Civil Veterinary Department Bihar reports 1936-40 - 1936-1940
Year: 1936
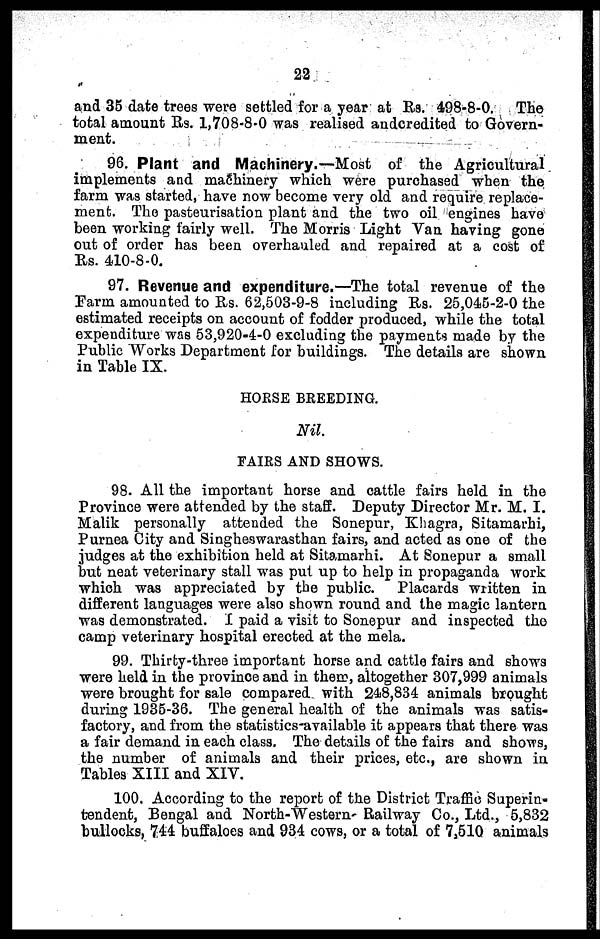
22
and 35 date trees were settled for a year at Rs. 498-8-0. The
total amount Rs. 1,708-8-0 was realised anderedited to Govern-
ment.
96. Plant and Machinery.—Most of the Agricultural
implements and machinery which were purchased when the
farm was started, have now become very old and require replace-
ment. The pasteurisation plant and the two oil engines have
been working fairly well. The Morris Light Van having gone
out of order has been overhauled and repaired at a cost of
Rs. 410-8-0.
97. Revenue and expenditure.—The total revenue of the
Farm amounted to Rs. 62,503-9-8 including Rs. 25,045-2-0 the
estimated receipts on account of fodder produced, while the total
expenditure was 53,920-4-0 excluding the payments made by the
Public Works Department for buildings. The details are shown
in Table IX.
HORSE BREEDING.
Nil.
FAIRS AND SHOWS.
98. All the important horse and cattle fairs held in the
Province were attended by the staff. Deputy Director Mr. M. I.
Malik personally attended the Sonepur, Khagra, Sitamarhi,
Purnea City and Singheswarasthan fairs, and acted as one of the
judges at the exhibition held at Sitamarhi. At Sonepur a small
but neat veterinary stall was put up to help in propaganda work
which was appreciated by the public. Placards written in
different languages were also shown round and the magic lantern
was demonstrated. I paid a visit to Sonepur and inspected the
camp veterinary hospital erected at the mela.
99. Thirty-three important horse and cattle fairs and shows
were held in the province and in their, altogether 307,999 animals
were brought for sale compared with 248,834 animals brought
during 1935-36. The general health of the animals was satis-
factory, and from the statistics-available it appears that there was
a fair demand in each class. The details of the fairs and shows,
the number of animals and their prices, etc., are shown in
Tables XIII and XIV.
100. According to the report of the District Traffic Superin-
tendent, Bengal and North-Western Railway Co., Ltd., 5,832
bullocks, 744 buffaloes and 934 cows, or a total of 7,510 animals